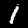
Label: 1